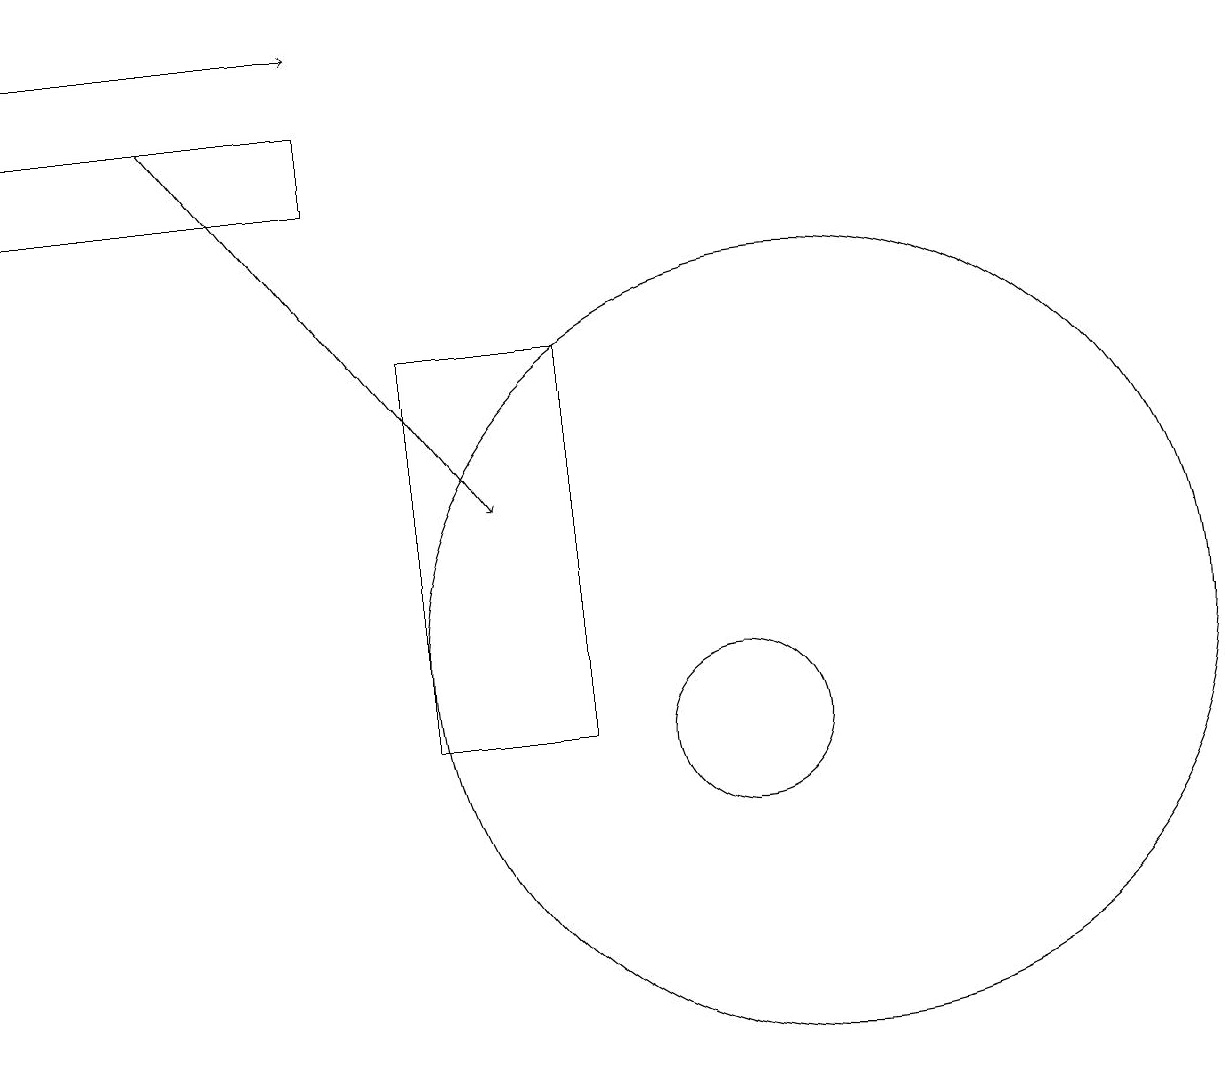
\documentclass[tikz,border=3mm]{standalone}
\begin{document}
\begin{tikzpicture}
\draw[->] (3,18) -- (7,13);
\draw (1,17) rectangle (5,18);
\draw (8,15) rectangle (6,10);
\draw[->] (1,19) -- (5,19);
\draw (10,10) circle (1);
\draw (11,11) circle (5);
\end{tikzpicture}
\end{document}